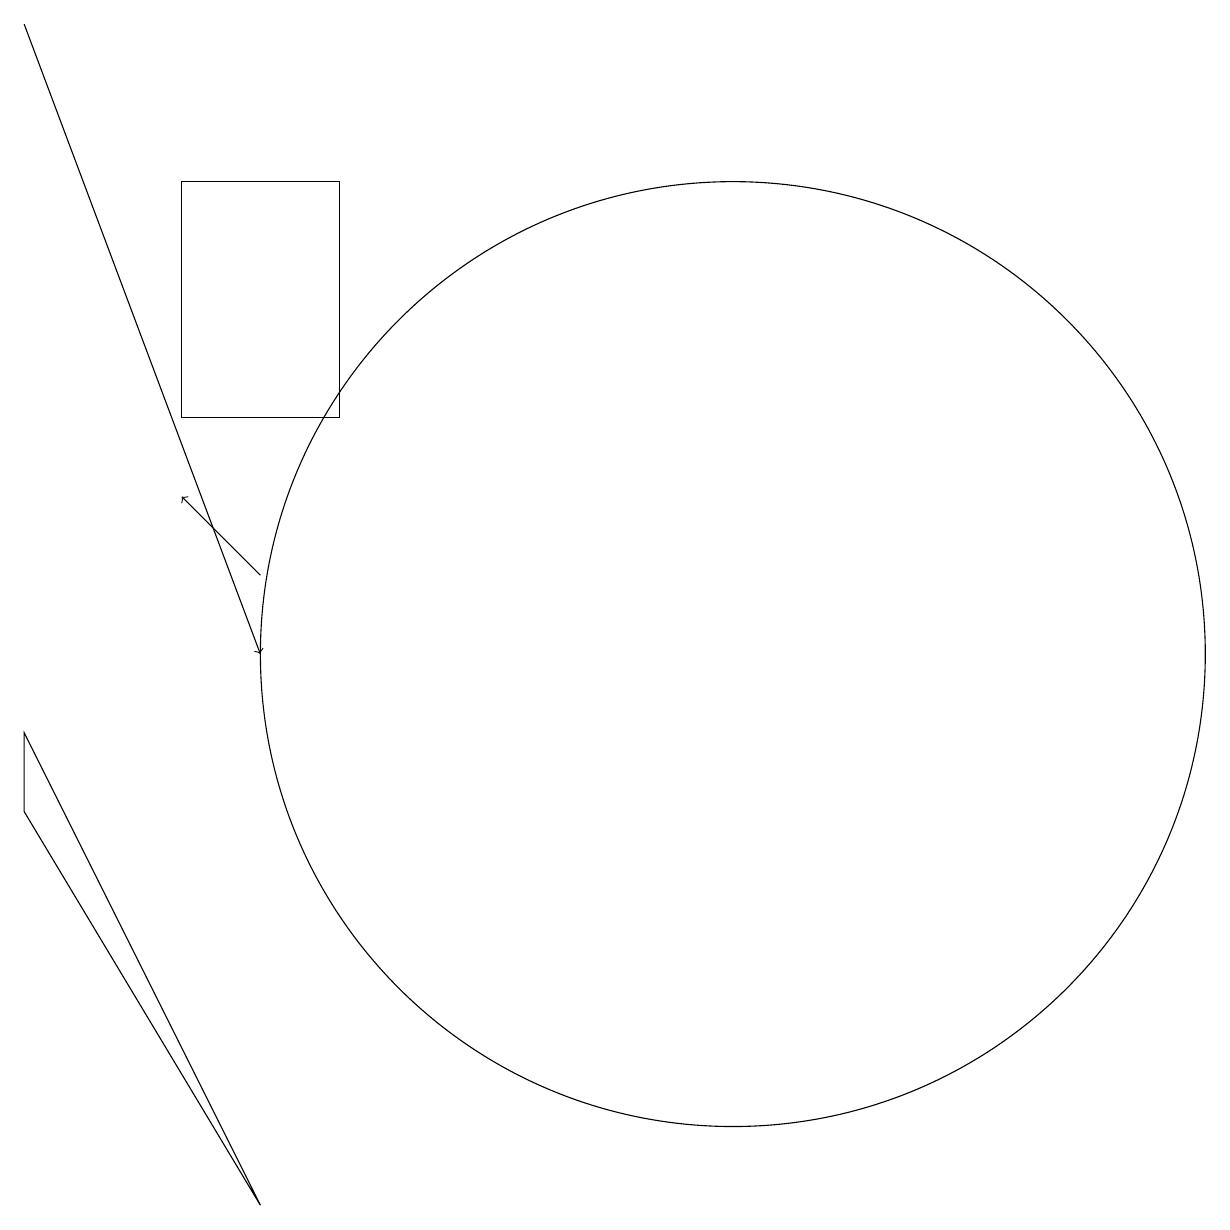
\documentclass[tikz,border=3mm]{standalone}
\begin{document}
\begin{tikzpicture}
\draw (12,10) circle (6);
\draw[->] (3,18) -- (6,10);
\draw[->] (6,11) -- (5,12);
\draw (5,13) rectangle (7,16);
\draw (6,3) -- (3,8) -- (3,9) -- cycle;
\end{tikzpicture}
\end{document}